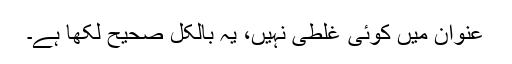
عنوان میں کوئی غلطی نہیں، یہ بالکل صحیح لکھا ہے۔